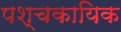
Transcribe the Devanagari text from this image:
पश्चकायिक